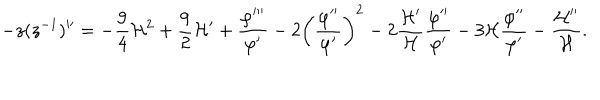
- z ( z ^ { - 1 } ) ^ { \prime \prime } = - \frac { 9 } { 4 } { \cal H } ^ { 2 } + \frac { 9 } { 2 } { \cal H } ^ { \prime } + \frac { \varphi ^ { \prime \prime \prime } } { \varphi ^ { \prime } } - 2 \biggl ( \frac { \varphi ^ { \prime \prime } } { \varphi ^ { \prime } } \biggr ) ^ { 2 } - 2 \frac { { \cal H } ^ { \prime } } { \cal H } \frac { \varphi ^ { \prime \prime } } { \varphi ^ { \prime } } - 3 { \cal H } \frac { \varphi ^ { \prime \prime } } { \varphi ^ { \prime } } - \frac { { \cal H } ^ { \prime \prime } } { \cal H } .